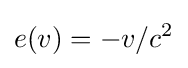
e(v)=-v/c^{2}